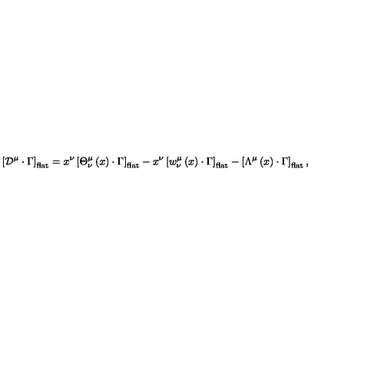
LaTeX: \left[ { \cal D } ^ { \mu } \cdot \Gamma \right] _ { \mathrm { f l a t } } = x ^ { \nu } \left[ { \Theta } _ { \nu } ^ { \mu } \left( x \right) \cdot \Gamma \right] _ { \mathrm { f l a t } } - x ^ { \nu } \left[ w _ { \nu } ^ { \mu } \left( x \right) \cdot \Gamma \right] _ { \mathrm { f l a t } } - \left[ \Lambda ^ { \mu } \left( x \right) \cdot \Gamma \right] _ { \mathrm { f l a t } } ,